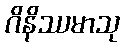
ဂိနိဿမာသု